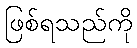
ဖြစ်ရသည်ကို